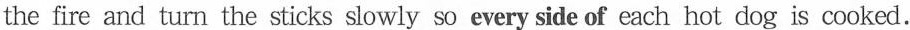
the fire and turn the sticks slowly so every side of each hot dog is cooked.